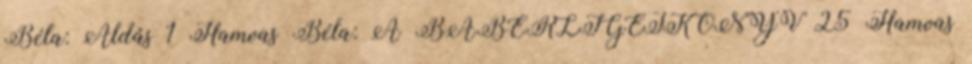
Béla: Áldás 1 Hamvas Béla: A BABÉRLIGETKÖNYV 25 Hamvas